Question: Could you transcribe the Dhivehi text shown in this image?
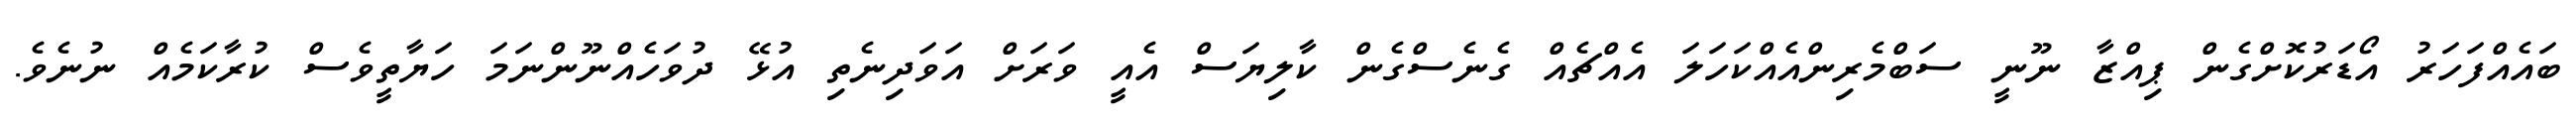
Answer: ބައެއްފަހަރު އޯޑަރުކޮށްގެން ޕިއްޒާ ނޫނީ ސަބްމެރިންއެއްކަހަލަ އެއްޗެއް ގެނެސްގެން ކާލިޔަސް އެއީ ވަރަށް އަވަދިނެތި އުޅޭ ދުވަހެއްނޫންނަމަ ހަޔާތީވެސް ކުރާކަމެއް ނުނެވެ.